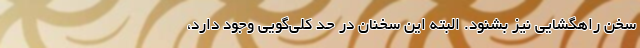
سخن راهگشایی نیز بشنود. البته این سخنان در حد کلی‌گویی وجود دارد،